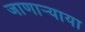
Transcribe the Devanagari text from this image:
जाणाऱ्याया